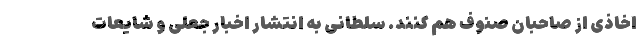
اخاذی از صاحبان صنوف هم کنند. سلطانی به انتشار اخبار جعلی و شایعات